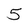
Character: 5